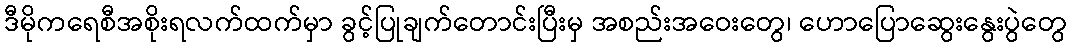
ဒီမိုကရေစီအစိုးရလက်ထက်မှာ ခွင့်ပြုချက်တောင်းပြီးမှ အစည်းအဝေးတွေ၊ ဟောပြောဆွေးနွေးပွဲတွေ